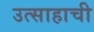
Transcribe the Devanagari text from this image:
उत्साहाची